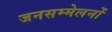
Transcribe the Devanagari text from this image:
जनसम्मेलनों